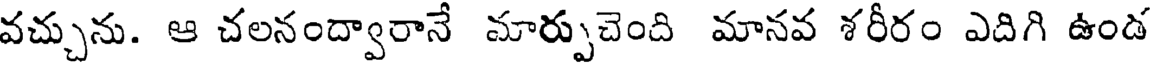
వచ్చును. ఆ చలనంద్వారానే మార్పుచెంది మానవ శరీరం ఎదిగి ఉండ